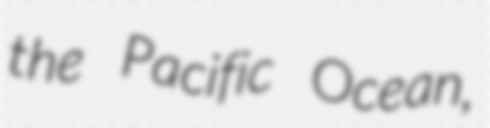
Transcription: the Pacific Ocean,